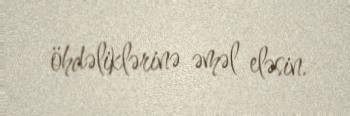
öhdəliklərinə əməl eləsin.